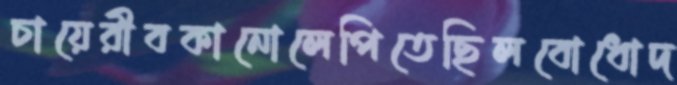
চায়েরীবকানোলেপিতেছিলবোধোদ